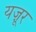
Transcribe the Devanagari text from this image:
यज़ूर